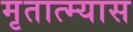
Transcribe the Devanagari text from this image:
मृतात्म्यास